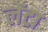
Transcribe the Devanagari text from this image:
लेंटा